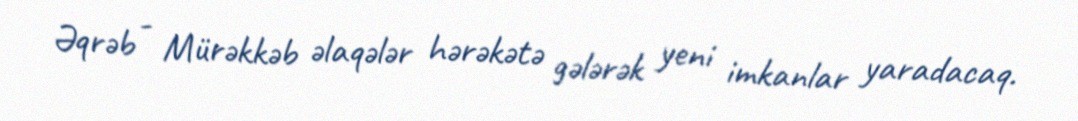
Əqrəb - Mürəkkəb əlaqələr hərəkətə gələrək yeni imkanlar yaradacaq.